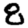
Digit: 8